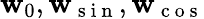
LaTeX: \mathbf{w}_{0},\mathbf{w}_{\mathrm{~s~i~n~}},\mathbf{w}_{\mathrm{~c~o~s~}}